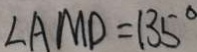
\angle A M D = 1 3 5 ^ { \circ }